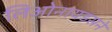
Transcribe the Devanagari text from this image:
लिओनायडसने